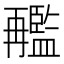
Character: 𠕱